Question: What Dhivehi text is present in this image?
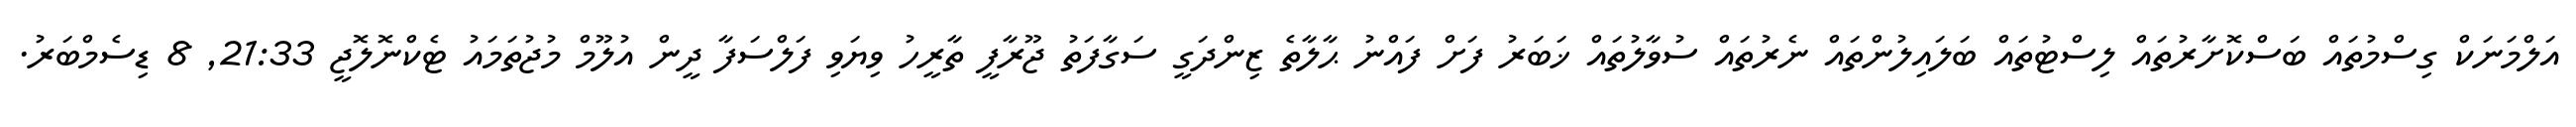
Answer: އަލްމަނަކް ގިސްމުތައް ބަސްކޮށާރުތައް ލިސްޓުތައް ބަލައިލުންތައް ނެރުތައް ސުވާލުތައް ޚަބަރު ފަށް ފައްނު ޙާލާތެ ޒިންދަގީ ސަގާފަތު ޖޫރާފީ ތާރީހު ވިޔަވި ފަލްސަފާ ދީން އުލޫމް މުޖުތަމައު ޓެކްނޮލޮޖީ 21:33, 8 ޑިސެމްބަރު.